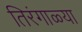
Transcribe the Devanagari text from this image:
तिरंगाळ्या